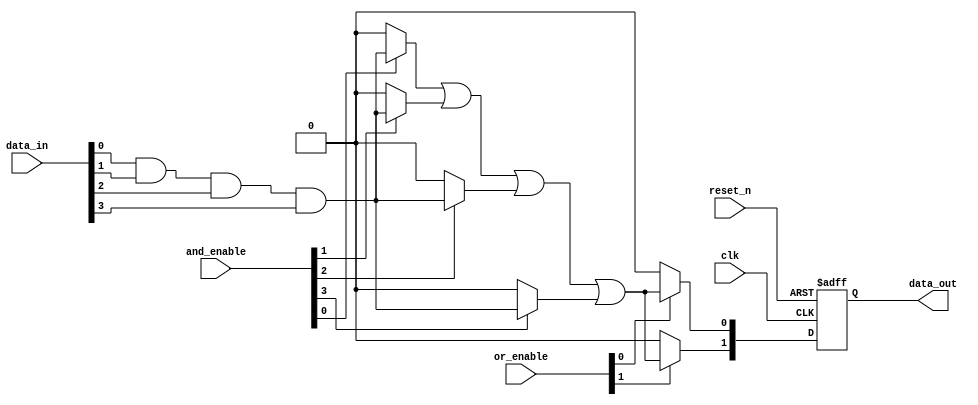
module RPAL #(
    parameter NUM_INPUTS = 4,           // Number of data inputs
    parameter NUM_AND_TERMS = 4,        // Number of AND terms
    parameter NUM_OUTPUTS = 2            // Number of outputs
)(
    input wire clk,                      // Clock signal
    input wire reset_n,                  // Active-low reset
    input wire [NUM_INPUTS-1:0] data_in, // Data inputs
    input wire [NUM_AND_TERMS-1:0] and_enable, // AND term enables
    input wire [NUM_OUTPUTS-1:0] or_enable, // OR term enables
    output reg [NUM_OUTPUTS-1:0] data_out // Output data
);

// Internal signals
wire [NUM_AND_TERMS-1:0] and_out;         // Outputs of the AND array
wire [NUM_OUTPUTS-1:0] or_out;            // Outputs of the OR array

// Programmable AND array
genvar i;
generate
    for (i = 0; i < NUM_AND_TERMS; i = i + 1) begin : and_array
        assign and_out[i] = (and_enable[i]) ? (data_in[0] & data_in[1] & data_in[2] & data_in[3]) : 1'b0; // Example AND logic
    end
endgenerate

// Programmable OR array
genvar j;
generate
    for (j = 0; j < NUM_OUTPUTS; j = j + 1) begin : or_array
        assign or_out[j] = (or_enable[j]) ? (and_out[0] | and_out[1] | and_out[2] | and_out[3]) : 1'b0; // Example OR logic
    end
endgenerate

// Registers to store the output
always @(posedge clk or negedge reset_n) begin
    if (!reset_n) begin
        data_out <= {NUM_OUTPUTS{1'b0}}; // Clear output on reset
    end else begin
        data_out <= or_out; // Store the output of the OR array
    end
end

endmodule